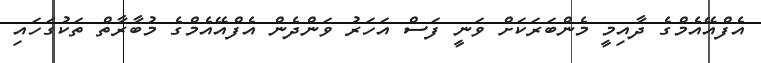
އެފްއޭއެމްގެ ދާއިމީ މެންބަރަކަށް ވަނީ ފަސް އަހަރު ވަންދެން އެފްއޭއެމްގެ މުބާރާތް ތަކުގަހައި